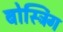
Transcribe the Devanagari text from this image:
बोस्ट्रिंग